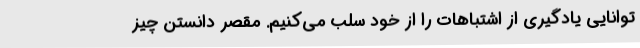
توانایی یادگیری از اشتباهات را از خود سلب می‌کنیم. مقصر دانستن چیز